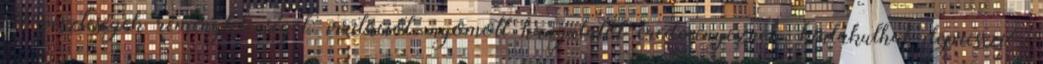
A veszteségek reménytelenséget, irritációt, nyomott hangulatot eredményeznek, kialakulhat depresszió,